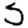
Digit: 5